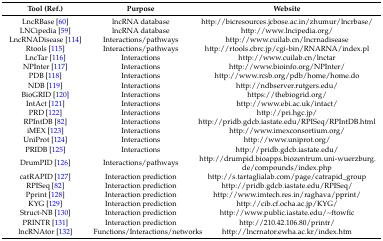
| Tool (Ref.) | Purpose | Website |
 | --- | --- | --- |
 | LncRBase [60] | lncRNA database | http://bicresources.jcbose.ac.in/zhumur/lncrbase/ |
 | LNCipedia [59] | lncRNA database | http://www.lncipedia.org/ |
 | LncRNADisease [114] | Interactions/pathways | http://www.cuilab.cn/lncrnadisease |
 | Rtools [115] | Interactions/pathways | http://rtools.cbrc.jp/cgi-bin/RNARNA/index.pl |
 | LncTar [116] | Interactions | http://www.cuilab.cn/lnctar |
 | NPInter [117] | Interactions | http://www.bioinfo.org/NPInter/ |
 | PDB [118] | Interactions | http://www.rcsb.org/pdb/home/home.do |
 | NDB [119] | Interactions | http://ndbserver.rutgers.edu/ |
 | BioGRID [120] | Interactions | https://thebiogrid.org/ |
 | IntAct [121] | Interactions | http://www.ebi.ac.uk/intact/ |
 | PRD [122] | Interactions | http://pri.hgc.jp/ |
 | RPIntDB [82] | Interactions | http://pridb.gdcb.iastate.edu/RPISeq/RPIntDB.html |
 | iMEX [123] | Interactions | http://www.imexconsortium.org/ |
 | UniProt [124] | Interactions | http://www.uniprot.org/ |
 | PRIDB [125] | Interactions | http://pridb.gdcb.iastate.edu/ |
 | DrumPID [126] | Interactions/pathways | http://drumpid.bioapps.biozentrum.uni-wuerzburg.de/compounds/index.php |
 | catRAPID [127] | Interaction prediction | http://s.tartaglialab.com/page/catrapid_group |
 | RPISeq [82] | Interaction prediction | http://pridb.gdcb.iastate.edu/RPISeq/ |
 | Pprint [128] | Interaction prediction | http://www.imtech.res.in/raghava/pprint/ |
 | KYG [129] | Interaction prediction | http://cib.cf.ocha.ac.jp/KYG/ |
 | Struct-NB [130] | Interaction prediction | http://www.public.iastate.edu/~ftowfic |
 | PRINTR [131] | Interaction prediction | http://210.42.106.80/printr/ |
 | lncRNAtor [132] | Functions/Interactions/networks | http://lncrnator.ewha.ac.kr/index.htm |